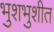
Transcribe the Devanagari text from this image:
भुशभुशीत